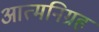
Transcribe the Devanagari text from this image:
आत्मनिग्रह